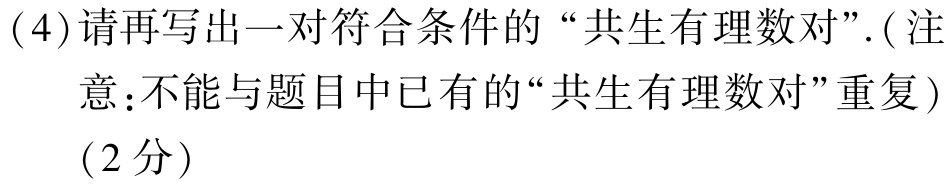
(4)请再写出一对符合条件的“共生有理数对”.( 注

意：不能与题目中已有的“共生有理数对”重复 )

(2分)